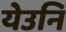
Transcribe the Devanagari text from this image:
येउनि